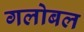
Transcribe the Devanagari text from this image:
गलोबल